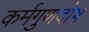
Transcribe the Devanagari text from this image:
कर्मगुणदोष